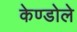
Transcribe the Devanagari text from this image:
केण्डोले